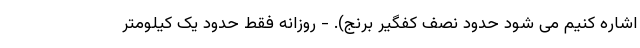
اشاره کنیم می شود حدود نصف کفگیر برنج). - روزانه فقط حدود یک کیلومتر